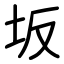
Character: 坂